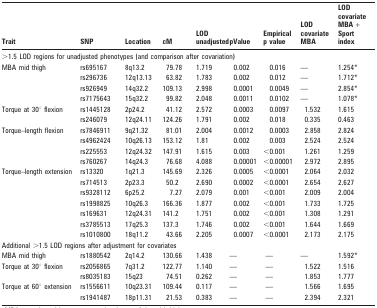
<table><thead><tr><td><b>Trait</b></td><td><b>SNP</b></td><td><b>Location</b></td><td><b>cM</b></td><td><b>LOD unadjusted</b></td><td><b>pValue</b></td><td><b>Empirical p value</b></td><td><b>LOD covariate MBA</b></td><td><b>LOD covariate MBA + Sport index</b></td></tr></thead><tbody><tr><td colspan="9">&gt;1.5 LOD regions for unadjusted phenotypes (and comparison after covariation)</td></tr><tr><td rowspan="4">MBA mid thigh</td><td>rs695167</td><td>8q13.2</td><td>79.78</td><td>1.719</td><td>0.002</td><td>0.016</td><td>—</td><td>1.254*</td></tr><tr><td>rs296736</td><td>12q13.13</td><td>63.82</td><td>1.783</td><td>0.002</td><td>0.012</td><td>—</td><td>1.712*</td></tr><tr><td>rs926949</td><td>14q32.2</td><td>109.13</td><td>2.998</td><td>0.0001</td><td>0.0049</td><td>—</td><td>2.854*</td></tr><tr><td>rs7175643</td><td>15q32.2</td><td>99.82</td><td>2.048</td><td>0.0011</td><td>0.0102</td><td>—</td><td>1.078*</td></tr><tr><td rowspan="2">Torque at 30° flexion</td><td>rs1445128</td><td>2p24.2</td><td>41.12</td><td>2.572</td><td>0.0003</td><td>0.0097</td><td>1.532</td><td>1.615</td></tr><tr><td>rs246079</td><td>12q24.11</td><td>124.26</td><td>1.791</td><td>0.002</td><td>0.018</td><td>0.335</td><td>0.463</td></tr><tr><td rowspan="4">Torque–length flexion</td><td>rs7846911</td><td>9q21.32</td><td>81.01</td><td>2.004</td><td>0.0012</td><td>0.0003</td><td>2.858</td><td>2.824</td></tr><tr><td>rs4962424</td><td>10q26.13</td><td>153.12</td><td>1.81</td><td>0.002</td><td>0.003</td><td>2.524</td><td>2.524</td></tr><tr><td>rs225553</td><td>12q24.32</td><td>147.91</td><td>1.615</td><td>0.003</td><td>&lt;0.001</td><td>1.261</td><td>1.259</td></tr><tr><td>rs760267</td><td>14q24.3</td><td>76.68</td><td>4.088</td><td>0.00001</td><td>&lt;0.00001</td><td>2.972</td><td>2.895</td></tr><tr><td rowspan="7">Torque–length extension</td><td>rs13320</td><td>1q21.3</td><td>145.69</td><td>2.326</td><td>0.0005</td><td>&lt;0.0001</td><td>2.064</td><td>2.032</td></tr><tr><td>rs714513</td><td>2p23.3</td><td>50.2</td><td>2.690</td><td>0.0002</td><td>&lt;0.0001</td><td>2.654</td><td>2.627</td></tr><tr><td>rs9328112</td><td>6p25.2</td><td>7.27</td><td>2.079</td><td>0.001</td><td>&lt;0.001</td><td>2.009</td><td>2.004</td></tr><tr><td>rs1998825</td><td>10q26.3</td><td>166.36</td><td>1.877</td><td>0.002</td><td>&lt;0.001</td><td>1.733</td><td>1.725</td></tr><tr><td>rs169631</td><td>12q24.31</td><td>141.2</td><td>1.751</td><td>0.002</td><td>&lt;0.001</td><td>1.308</td><td>1.291</td></tr><tr><td>rs3785513</td><td>17q25.3</td><td>137.3</td><td>1.746</td><td>0.002</td><td>&lt;0.001</td><td>1.644</td><td>1.669</td></tr><tr><td>rs1010800</td><td>18q11.2</td><td>43.66</td><td>2.205</td><td>0.0007</td><td>&lt;0.0001</td><td>2.173</td><td>2.175</td></tr><tr><td colspan="9">Additional &gt;1.5 LOD regions after adjustment for covariates</td></tr><tr><td>MBA mid thigh</td><td>rs1880542</td><td>2q14.2</td><td>130.66</td><td>1.438</td><td>—</td><td>—</td><td>—</td><td>1.592*</td></tr><tr><td rowspan="2">Torque at 30° flexion</td><td>rs2056865</td><td>7q31.2</td><td>122.77</td><td>1.140</td><td>—</td><td>—</td><td>1.522</td><td>1.516</td></tr><tr><td>rs8035183</td><td>15q23</td><td>74.51</td><td>0.262</td><td>—</td><td>—</td><td>1.853</td><td>1.777</td></tr><tr><td rowspan="2">Torque at 60° extension</td><td>rs1556611</td><td>10q23.31</td><td>109.44</td><td>0.117</td><td>—</td><td>—</td><td>1.566</td><td>1.695</td></tr><tr><td>rs1941487</td><td>18p11.31</td><td>21.53</td><td>0.383</td><td>—</td><td>—</td><td>2.394</td><td>2.321</td></tr></tbody></table>